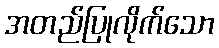
အတည်ပြုလိုက်သော